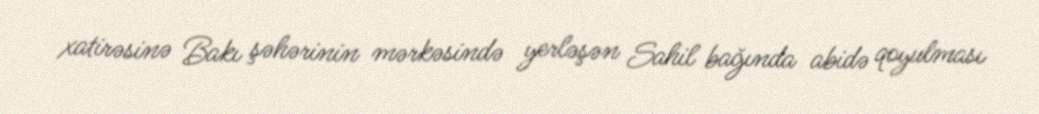
xatirəsinə Bakı şəhərinin mərkəsində yerləşən Sahil bağında abidə qoyulması